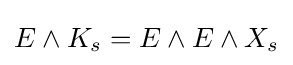
E\wedge K_{s}=E\wedge E\wedge X_{s}